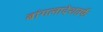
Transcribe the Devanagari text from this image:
बांगलादेशतर्फे